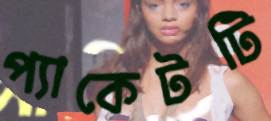
প্যাকেটটি